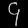
Digit: ၄